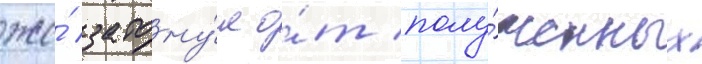
же́ затону́л о́т полу́ченных